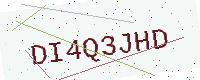
Text: DI4Q3JHD